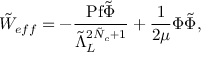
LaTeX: \tilde { W } _ { e f f } = - \frac { \mathrm { P f } \tilde { \Phi } } { \tilde { \Lambda } _ { L } ^ { 2 \tilde { N } _ { c } + 1 } } + \frac { 1 } { 2 \mu } \Phi \tilde { \Phi } ,